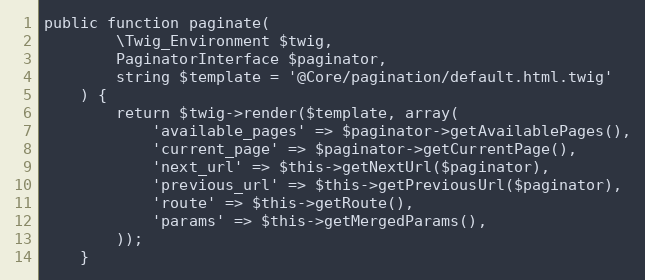
Language: PHP
public function paginate(
        \Twig_Environment $twig,
        PaginatorInterface $paginator,
        string $template = '@Core/pagination/default.html.twig'
    ) {
        return $twig->render($template, array(
            'available_pages' => $paginator->getAvailablePages(),
            'current_page' => $paginator->getCurrentPage(),
            'next_url' => $this->getNextUrl($paginator),
            'previous_url' => $this->getPreviousUrl($paginator),
            'route' => $this->getRoute(),
            'params' => $this->getMergedParams(),
        ));
    }